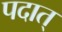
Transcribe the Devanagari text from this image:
पदात्